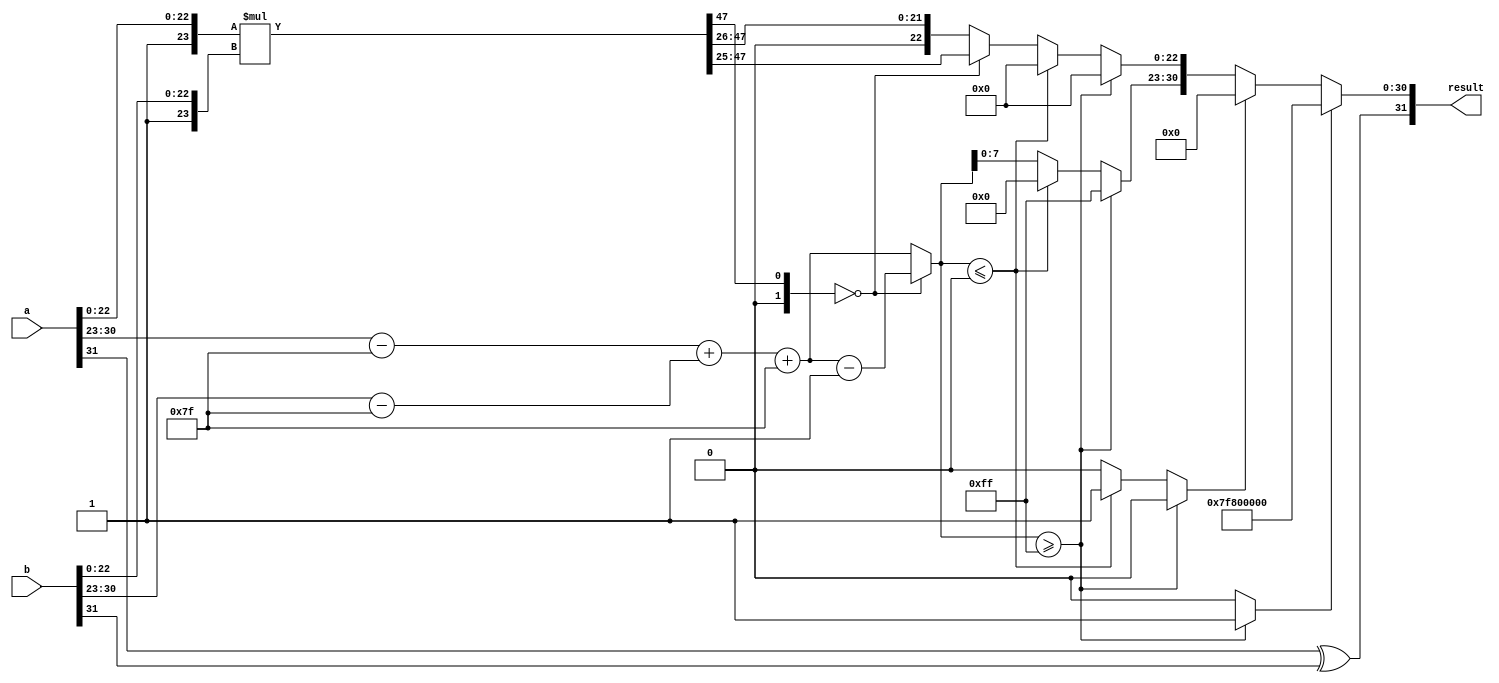
module floating_point_multiplier (
    input  wire [31:0] a, // First 32-bit floating-point input
    input  wire [31:0] b, // Second 32-bit floating-point input
    output reg  [31:0] result // 32-bit floating-point output
);

    // Constants
    localparam BIAS = 8'd127;
    localparam EXPONENT_BITS = 8;
    localparam MANTISSA_BITS = 23;

    // Extract components from the inputs
    wire sign_a = a[31];
    wire [EXPONENT_BITS-1:0] exp_a = a[30:23];
    wire [MANTISSA_BITS-1:0] mant_a = a[22:0];

    wire sign_b = b[31];
    wire [EXPONENT_BITS-1:0] exp_b = b[30:23];
    wire [MANTISSA_BITS-1:0] mant_b = b[22:0];

    // Sign calculation
    wire sign_result = sign_a ^ sign_b;

    // Exponent calculation
    wire [EXPONENT_BITS:0] exp_a_bias = {1'b0, exp_a} - BIAS; // Remove bias
    wire [EXPONENT_BITS:0] exp_b_bias = {1'b0, exp_b} - BIAS; // Remove bias
    wire [EXPONENT_BITS:0] exp_result = exp_a_bias + exp_b_bias + BIAS;

    // Mantissa calculation (with implicit leading one)
    wire [24:0] mant_a_full = {1'b1, mant_a}; // 1.M1
    wire [24:0] mant_b_full = {1'b1, mant_b}; // 1.M2
    wire [49:0] mant_result = mant_a_full * mant_b_full; // Multiply mantissas

    // Normalization
    reg [EXPONENT_BITS:0] exp_final;
    reg [MANTISSA_BITS-1:0] mant_final;
    reg overflow, underflow;

    always @(*) begin
        // Default values
        exp_final = exp_result;
        mant_final = mant_result[48:26]; // Take the upper 23 bits
        overflow = 0;
        underflow = 0;

        // Check for normalization
        if (mant_result[49]) begin // If the result is >= 2
            mant_final = mant_result[48:26]; // Keep upper 23 bits
            exp_final = exp_result + 1; // Increase exponent
        end else if (mant_result[48:47] == 2'b00) begin // If the result is < 1
            mant_final = mant_result[47:25]; // Shift right
            exp_final = exp_result - 1; // Decrease exponent
        end

        // Handle overflow and underflow
        if (exp_final >= 8'hFF) begin
            overflow = 1; // Set overflow flag
            exp_final = 8'hFF; // Set to infinity
            mant_final = 0; // Mantissa is zero for infinity
        end else if (exp_final <= 0) begin
            underflow = 1; // Set underflow flag
            exp_final = 0; // Set to zero
            mant_final = 0; // Mantissa is zero for zero
        end
    end

    // Assemble result
    always @(*) begin
        if (overflow) begin
            result = {sign_result, 8'hFF, 23'b0}; // Infinity
        end else if (underflow) begin
            result = {sign_result, 8'b0, 23'b0}; // Zero
        end else begin
            result = {sign_result, exp_final[EXPONENT_BITS-1:0], mant_final};
        end
    end

endmodule